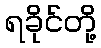
ရခိုင်တို့